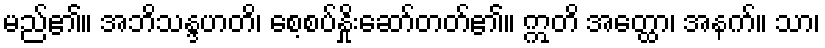
မည်၏။ အဘိသန္ဒဟတိ၊ စေ့စပ်နှိုးဆော်တတ်၏။ ဣတိ အတ္ထော၊ အနက်။ သာ၊